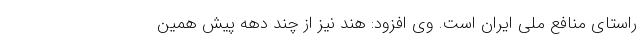
راستای منافع ملی ایران است. وی افزود: هند نیز از چند دهه پیش همین